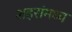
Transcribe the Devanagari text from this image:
शहरांमध्य